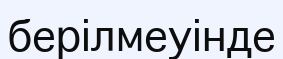
берілмеуінде